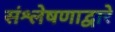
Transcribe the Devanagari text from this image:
संश्लेषणाद्वारे